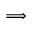
\Longrightarrow